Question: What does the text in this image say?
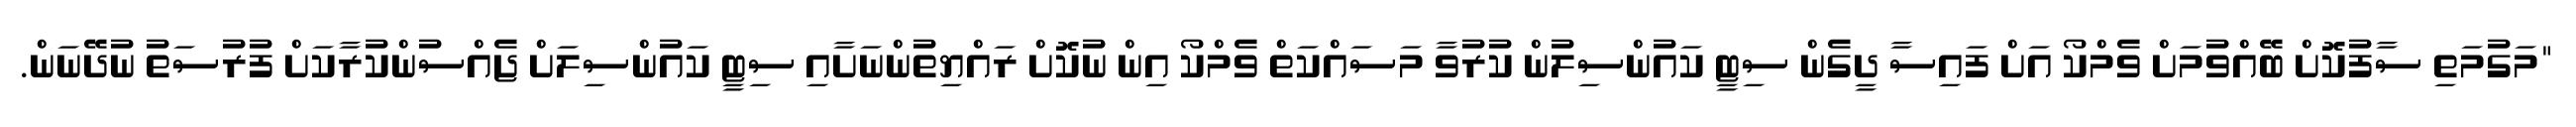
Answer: "މަގުމަތި ސާފުކޮށް ބޭއްވުމަށް ވެމްކޯ އަށް ފައިސާ ދީގެން ސިޓީ ކައުންސިލުން ކުރުވާ މަސައްކަތް ވެމްކޯ އިން ނުކޮށް ރައްޔިތުންނަށާއި ސިޓީ ކައުންސިލަށް ޖެއްސުންކުރާކަށް ފުރުސަތު ނުދޭނަން.